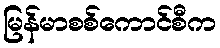
မြန်မာစစ်ကောင်စီက